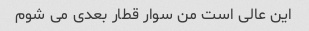
این عالی است من سوار قطار بعدی می شوم